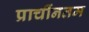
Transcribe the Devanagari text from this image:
प्राचींनतम